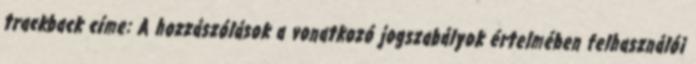
trackback címe: A hozzászólások a vonatkozó jogszabályok értelmében felhasználói